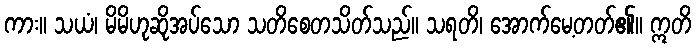
ကား။ သယံ၊ မိမိဟုဆိုအပ်သော သတိစေတသိတ်သည်။ သရတိ၊ အောက်မေ့တတ်၏။ ဣတိ